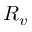
R _ { v }